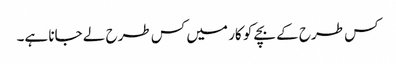
کس طرح کے بچے کو کار میں کس طرح لے جانا ہے۔